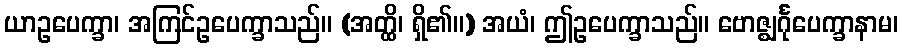
ယာဥပေက္ခာ၊ အကြင်ဥပေက္ခာသည်။ (အတ္ထိ၊ ရှိ၏။) အယံ၊ ဤဥပေက္ခာသည်။ ဗောဇ္ဈင်္ဂုပေက္ခာနာမ၊